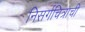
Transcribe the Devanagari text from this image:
निसर्गचित्राची